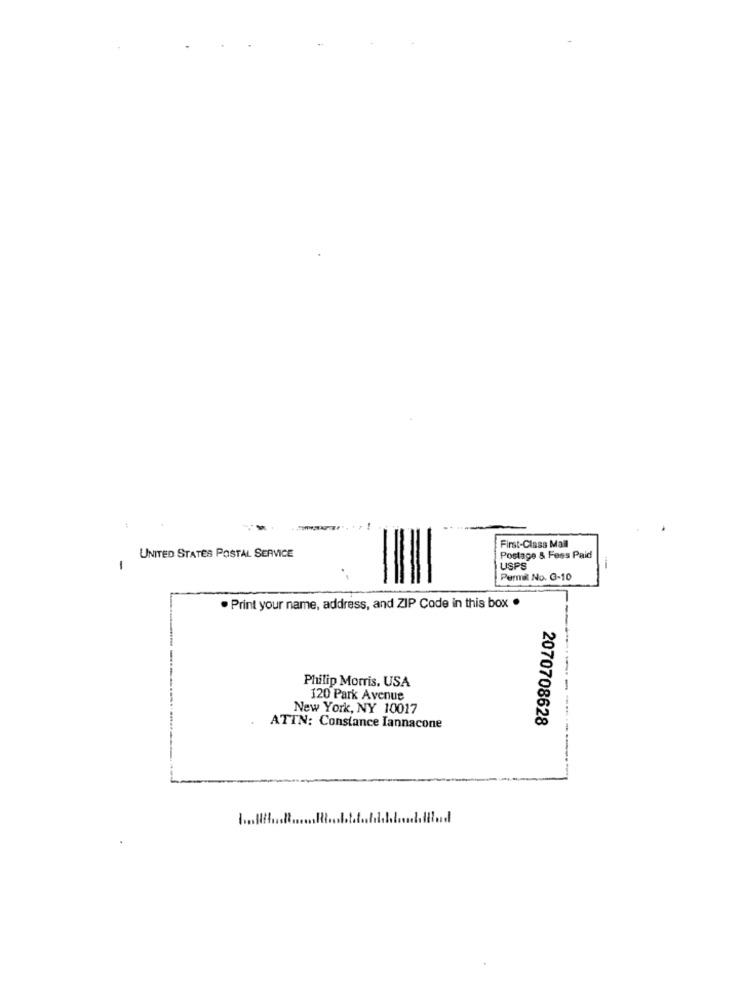
...
First-Class Mall
UNITED STATES POSTAL SERVICE
Postage & Fees Paid
1
-
USPS
Permil No. G-10
. Print your name, address, and ZIP Code in this box .
Philip Morris, USA
120 Park Avenue
New York, NY 10017
2070708628
ATTN: Constance Iannacone